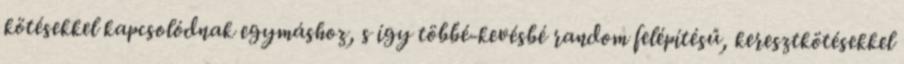
kötésekkel kapcsolódnak egymáshoz, s így többé-kevésbé random felépítésű, keresztkötésekkel